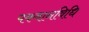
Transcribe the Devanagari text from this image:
पकवानविधि